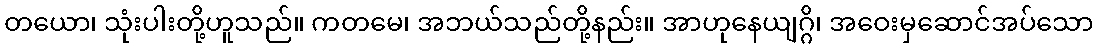
တယော၊ သုံးပါးတို့ဟူသည်။ ကတမေ၊ အဘယ်သည်တို့နည်း။ အာဟုနေယျဂ္ဂိ၊ အဝေးမှဆောင်အပ်သော